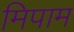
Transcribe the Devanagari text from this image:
मिपाम